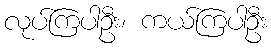
လုပ်ကြပါဦး၊ ကယ်ကြပါဦး